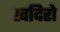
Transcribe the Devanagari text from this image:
खदिरो